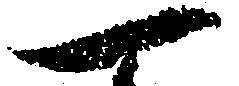
一